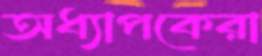
অধ্যাপকেরা